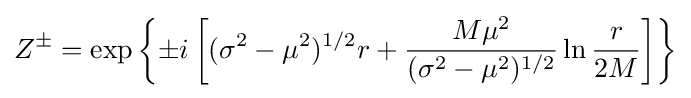
Z^{\pm }=\mathrm {exp} \left\{\pm i\left[(\sigma ^{2}-\mu ^{2})^{1/2}r+{\frac {M\mu ^{2}}{(\sigma ^{2}-\mu ^{2})^{1/2}}}\ln {\frac {r}{2M}}\right]\right\}